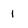
Character: 1